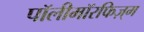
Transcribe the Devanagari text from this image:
पॉलीमॉरफिज़्म